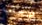
الإنجاب